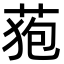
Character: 𮏜